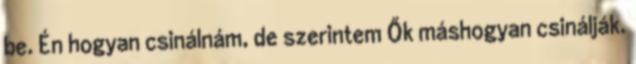
be. Én hogyan csinálnám, de szerintem Ők máshogyan csinálják.